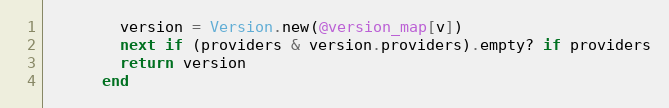
Language: Ruby
        version = Version.new(@version_map[v])
        next if (providers & version.providers).empty? if providers
        return version
      end